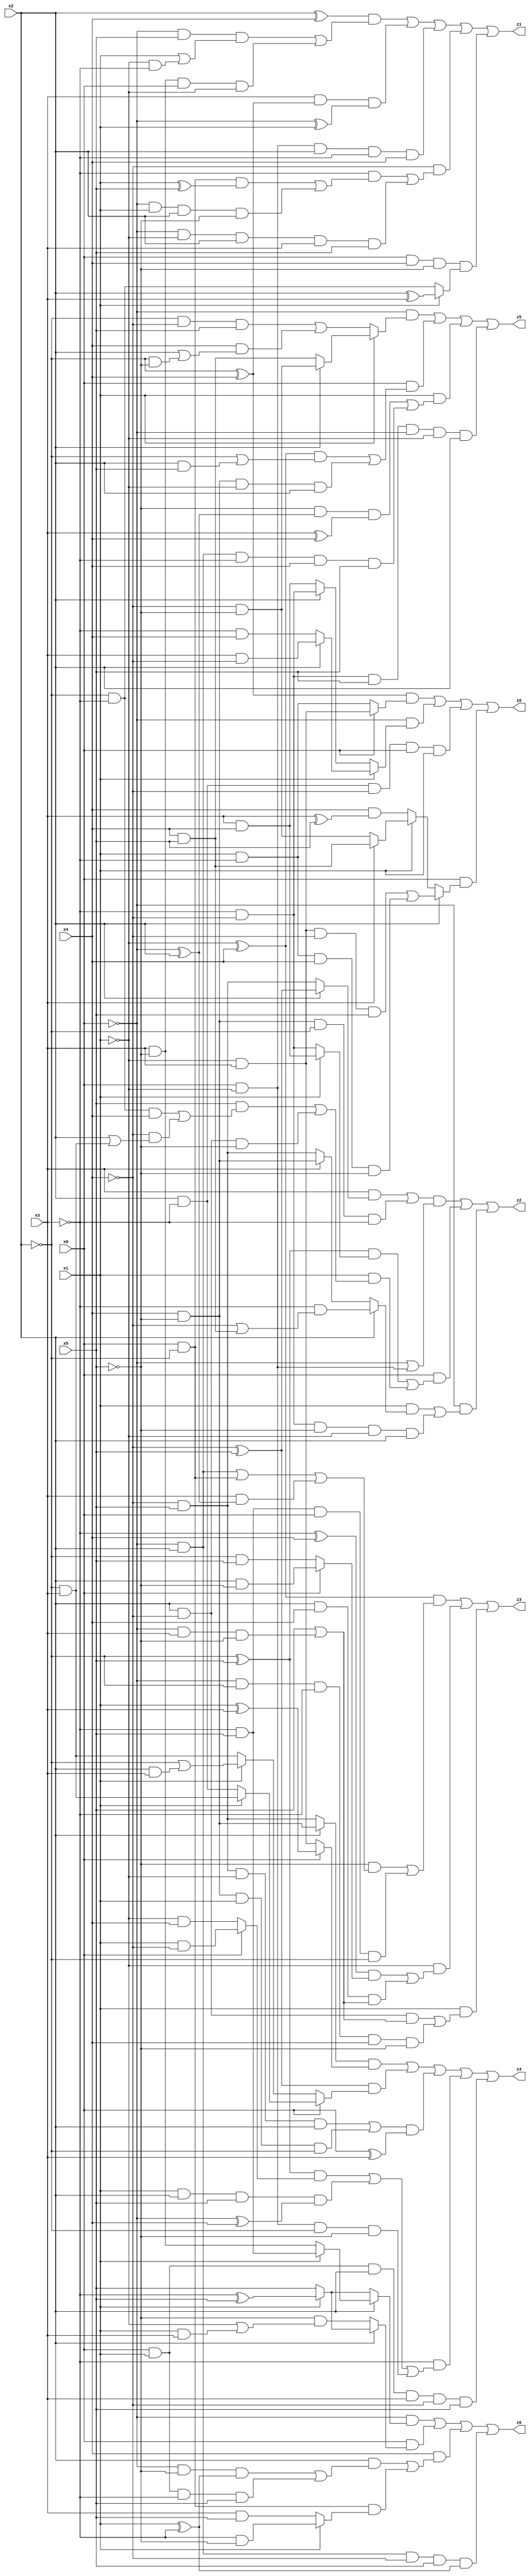
// Benchmark "X_40" written by ABC on Thu Jun 29 21:46:53 2023

module X_40 ( 
    x0, x1, x2, x3, x4, x5,
    z0, z1, z2, z3, z4, z5, z6  );
  input  x0, x1, x2, x3, x4, x5;
  output z0, z1, z2, z3, z4, z5, z6;
  assign z0 = ((~x2 ^ x4) & (x0 ? (~x1 & x3) : (x1 & ~x3))) | (~x0 & (x1 ? (x2 ? (x3 & ~x4) : (~x3 & x4)) : (x2 ? (~x3 & ~x4) : (x3 & x4)))) | (x2 & ~x3 & ~x4 & x0 & x1) | (x0 & (x2 ? ((~x1 & x3 & ~x4 & x5) | (x1 & ~x3 & x4 & ~x5)) : (x1 ? (x3 ? (x4 & x5) : (~x4 & ~x5)) : (x4 & (x3 ^ x5)))));
  assign z1 = ((x2 ^ x4) & ((~x0 & x5 & (x1 | (~x1 & ~x3))) | (x3 & ~x5 & x0 & ~x1))) | (x3 & (~x2 ^ x4) & (~x0 ^ x1)) | (x0 & ~x1 & x2 & ~x3 & x4) | (~x4 & ((~x3 & ((x0 & ~x2 & (x1 ^ x5)) | (~x0 & x1 & x2 & ~x5))) | (~x0 & ~x1 & x2 & x3 & x5))) | (x0 & x4 & ~x5 & (x1 ? (x2 ^ x3) : (~x2 & ~x3)));
  assign z2 = (((x3 & (x2 ? (~x4 ^ x5) : (~x4 & x5))) | (x4 & ~x5 & ~x2 & ~x3)) & (~x0 | (x0 & ~x1))) | (x0 & (((~x2 ^ x5) & (x1 ? (x3 & x4) : (~x3 & ~x4))) | (x1 & ((x5 & ((~x2 & ~x3 & x4) | (~x4 & (x2 | (~x2 & x3))))) | (x2 & ~x4 & ~x5))))) | (~x0 & ((x1 & (x2 ? (~x3 & (~x4 | (x4 & x5))) : (x3 ? (x4 & ~x5) : (~x4 & x5)))) | (~x3 & ~x4 & ~x5 & ~x1 & x2)));
  assign z3 = ((~x1 ^ x4) & ((~x5 & ((~x0 & x2) | (x0 & ~x2) | (x3 & (~x0 ^ x2)))) | (~x3 & x5 & x0 & ~x2))) | (~x1 & (((~x3 ^ x4) & (x0 ? (x2 & ~x5) : (~x2 & x5))) | (x2 & x4 & (x5 | (~x0 & x3 & ~x5))))) | (x1 & ((x2 & ~x4 & (x5 | (~x0 & x3 & ~x5))) | (~x0 & ~x2 & ~x3 & x4 & ~x5)));
  assign z4 = ((x2 ? (x4 & ~x5) : (~x4 & x5)) & (x0 ? (x1 ^ x3) : (~x1 & x3))) | ((~x4 ^ x5) & (x0 ? (x1 ? (~x2 & x3) : (x2 & ~x3)) : (x1 ? (~x2 | (x2 & x3)) : (~x2 & x3)))) | (((~x4 & x5 & ~x1 & x2) | (x4 & ~x5 & x1 & ~x2)) & (x0 ^ x3)) | (~x3 & (((~x2 ^ x5) & (x0 ? (x1 & ~x4) : (~x1 & x4))) | (x1 & x2 & x5 & (~x0 ^ x4)) | (x0 & ~x1 & ~x2 & ~x5))) | (x0 & x1 & x2 & x3 & ~x4 & x5);
  assign z5 = (~x0 & (x1 ? (x2 ? (~x4 & ~x5) : (x4 & x5)) : ((~x2 & ~x4 & x5) | (x4 & (x2 | (~x2 & ~x5)))))) | (x0 & (((~x1 ^ x4) & (~x2 | (x2 & x5))) | (x4 & ~x5 & ~x1 & x2))) | (x1 & ((~x5 & (~x0 ^ x2) & (x3 ^ x4)) | (~x0 & x2 & ~x3 & x4 & x5))) | (~x3 & ~x4 & x5 & ~x0 & ~x1 & x2);
  assign z6 = (~x0 & (x2 ? (x1 ? (~x3 & x5) : (x3 & ~x5)) : (x1 ? (~x3 ^ x5) : x5))) | (x0 & (x2 ? (x1 ? (~x3 ^ x5) : x5) : (~x5 & (~x1 | (x1 & x3))))) | (x4 & ((x2 & ((~x0 & ~x5 & (x1 ^ ~x3)) | (x0 & x1 & ~x3 & x5))) | (x0 & ~x2 & (x1 ? (~x3 & ~x5) : (x3 & x5))))) | (~x0 & x2 & ~x4 & x5 & (x1 ^ ~x3));
endmodule